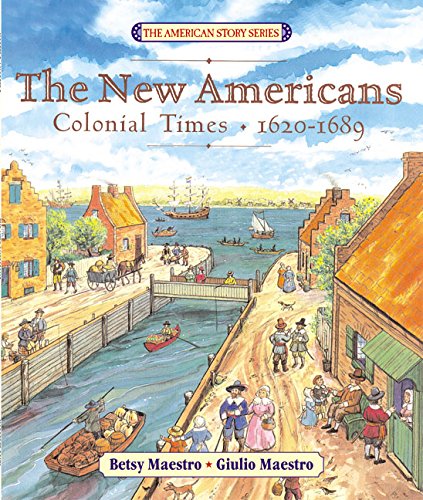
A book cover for The New Americans: Colonial Times: 1620-1689 (The American Story); Betsy Maestro; Children's Books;